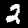
Digit: 2